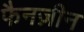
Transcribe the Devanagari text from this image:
फैनज़ीन